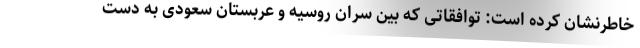
خاطرنشان کرده است: توافقاتی که بین سران روسیه و عربستان سعودی به دست